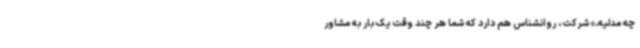
چه مدلیه.» شرکت، روانشناس هم دارد که شما هر چند وقت یک بار به مشاور